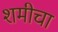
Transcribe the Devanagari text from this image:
शमीचा